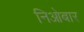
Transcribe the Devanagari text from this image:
निओबार